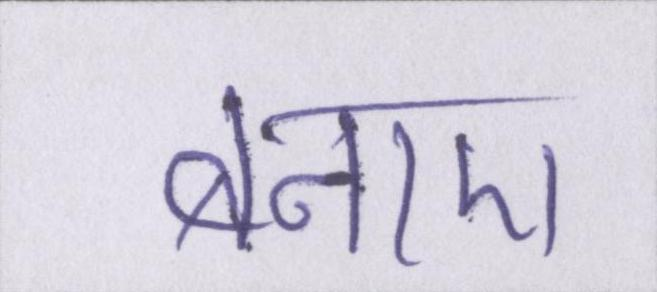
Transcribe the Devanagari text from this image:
बनाए